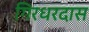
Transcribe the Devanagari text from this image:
गिरधरदास